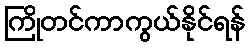
ကြိုတင်ကာကွယ်နိုင်ရန်